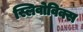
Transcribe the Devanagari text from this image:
स्लिवोविक्स